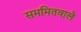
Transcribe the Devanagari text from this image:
सममितवाले